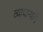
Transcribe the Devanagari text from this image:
व्यापाऱ्यांचे